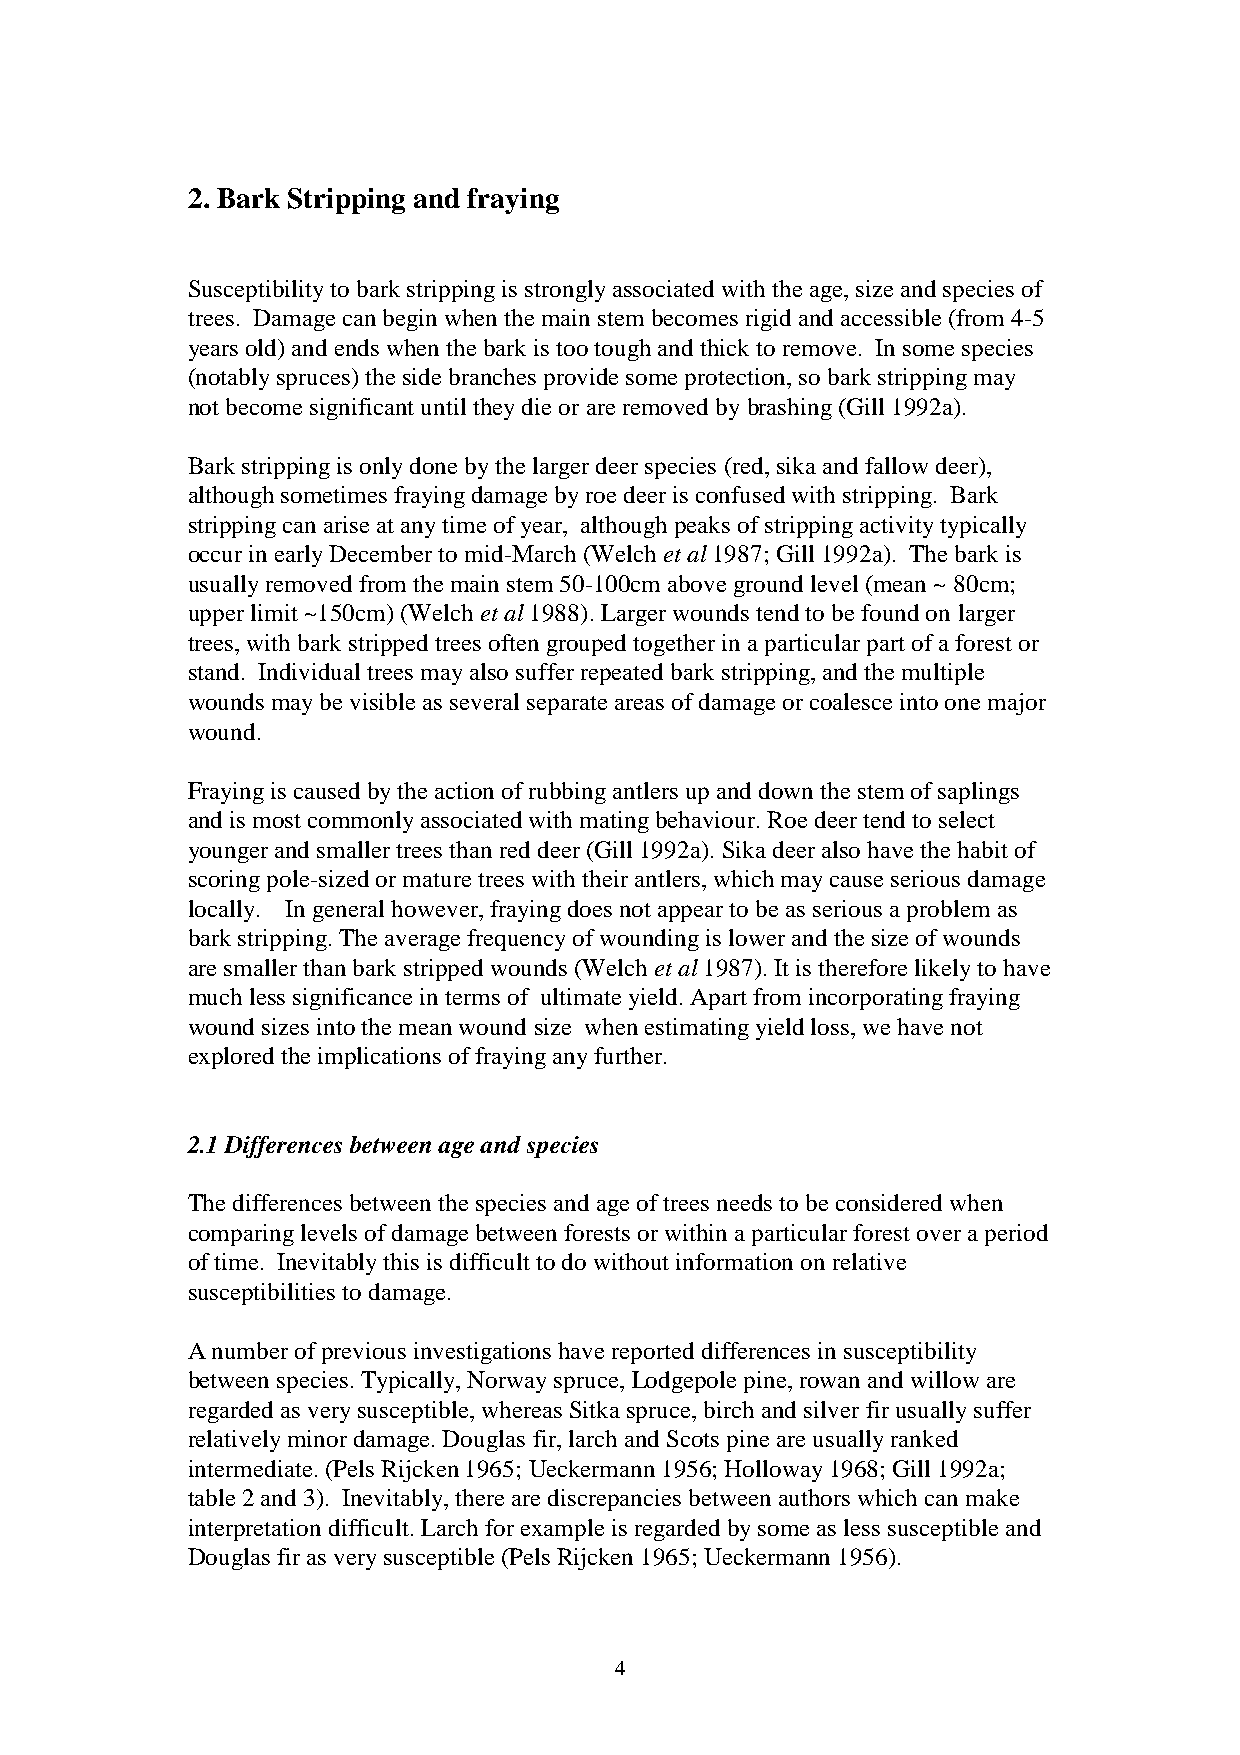
2. Bark Stripping and fraying
 Susceptibility to bark stripping is strongly associated with the age, size and species of
 trees. Damage can begin when the main stem becomes rigid and accessible (from 4-5
 years old) and ends when the bark is too tough and thick to remove. In some species
 (notably spruces) the side branches provide some protection, so bark stripping may
 not become significant until they die or are removed by brashing (Gill 1992a).
 Bark stripping is only done by the larger deer species (red, sika and fallow deer),
 although sometimes fraying damage by roe deer is confused with stripping. Bark
 stripping can arise at any time of year, although peaks of stripping activity typically
 occur in early December to mid-March (Welch et al 1987; Gill 1992a). The bark is
 usually removed from the main stem 50-100cm above ground level (mean ~ 80cm;
 upper limit ~150cm) (Welch et al 1988). Larger wounds tend to be found on larger
 trees, with bark stripped trees often grouped together in a particular part of a forest or
 stand. Individual trees may also suffer repeated bark stripping, and the multiple
 wounds may be visible as several separate areas of damage or coalesce into one major
 wound.
 Fraying is caused by the action of rubbing antlers up and down the stem of saplings
 and is most commonly associated with mating behaviour. Roe deer tend to select
 younger and smaller trees than red deer (Gill 1992a). Sika deer also have the habit of
 scoring pole-sized or mature trees with their antlers, which may cause serious damage
 locally. In general however, fraying does not appear to be as serious a problem as
 bark stripping. The average frequency of wounding is lower and the size of wounds
 are smaller than bark stripped wounds (Welch et al 1987). It is therefore likely to have
 much less significance in terms of ultimate yield. Apart from incorporating fraying
 wound sizes into the mean wound size when estimating yield loss, we have not
 explored the implications of fraying any further.
 2.1 Differences between age and species
 The differences between the species and age of trees needs to be considered when
 comparing levels of damage between forests or within a particular forest over a period
 of time. Inevitably this is difficult to do without information on relative
 susceptibilities to damage.
 A number of previous investigations have reported differences in susceptibility
 between species. Typically, Norway spruce, Lodgepole pine, rowan and willow are
 regarded as very susceptible, whereas Sitka spruce, birch and silver fir usually suffer
 relatively minor damage. Douglas fir, larch and Scots pine are usually ranked
 intermediate. (Pels Rijcken 1965; Ueckermann 1956; Holloway 1968; Gill 1992a;
 table 2 and 3). Inevitably, there are discrepancies between authors which can make
 interpretation difficult. Larch for example is regarded by some as less susceptible and
 Douglas fir as very susceptible (Pels Rijcken 1965; Ueckermann 1956).
 4